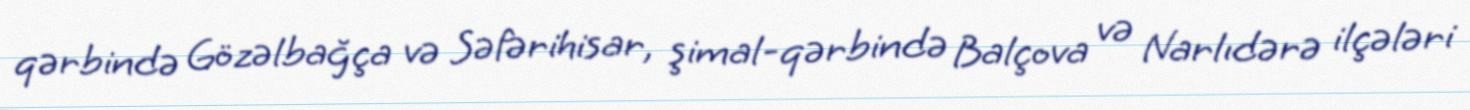
qərbində Gözəlbağça və Səfərihisar, şimal-qərbində Balçova və Narlıdərə ilçələri